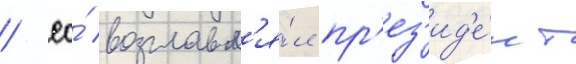
/ ео́ возглавл'я́л пр'ез'ид'е́нт